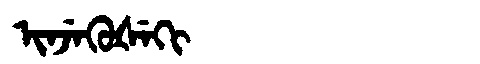
Manchu: ᡳᠨᠵᡝᡴᡠᡧᡝᡴᡳ
Romanization: INJEKUŠEKI